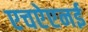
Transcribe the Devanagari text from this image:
एचऐएनई